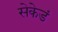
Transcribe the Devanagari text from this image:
सेकेडं